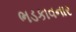
ભડકાવનાર